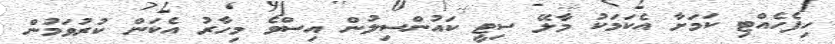
ހިފެހެއްޓި ކަމަށާ އެކަމަކު މާލޭ ސިޓީ ކައުންސިލުން އިސްވެ މިހާރު އެކަން ކުރުވަމުން